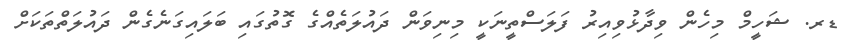
ޑރ. ޝަހީމް މިހެން ވިދާޅުވިއިރު ފަލަސްތީނަކީ މިނިވަން ދައުލަތެއްގެ ގޮތުގައި ބަލައިގަނެގެން ދައުލަތްތަކަށް